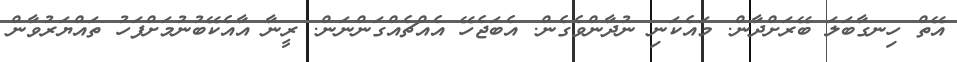
އޭތް ހިނގާބަލަ ބޭރަށްދާން. މައެކަނި ނުދާންވެގެން. އެބަޖެހޭ އެއްޗެއްގަންނަން. ރީނާ އާއެކޭބުނުމަށްފަހު ތައްޔަރުވާން